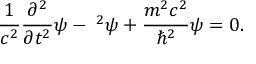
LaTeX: { \frac { 1 } { c ^ { 2 } } } { \frac { \partial ^ { 2 } } { \partial t ^ { 2 } } } \psi - \mathbf { \nabla } ^ { 2 } \psi + { \frac { m ^ { 2 } c ^ { 2 } } { \hbar ^ { 2 } } } \psi = 0 .